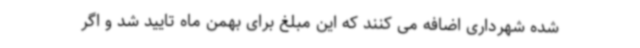
شده شهرداری اضافه می کنند که این مبلغ برای بهمن ماه تایید شد و اگر